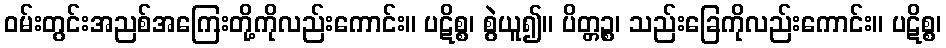
ဝမ်းတွင်းအညစ်အကြေးတို့ကိုလည်းကောင်း။ ပဋိစ္စ၊ စွဲယူ၍။ ပိတ္တဉ္စ၊ သည်းခြေကိုလည်းကောင်း။ ပဋိစ္စ၊